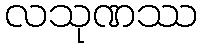
လသုဏဿ